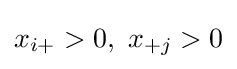
x_{i+}>0,\ x_{+j}>0